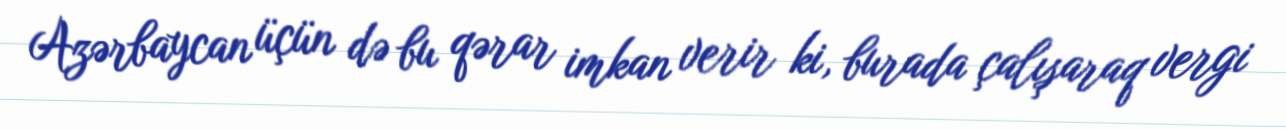
Azərbaycan üçün də bu qərar imkan verir ki, burada çalışaraq vergi